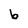
Character: b